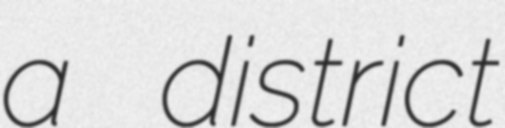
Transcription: a district